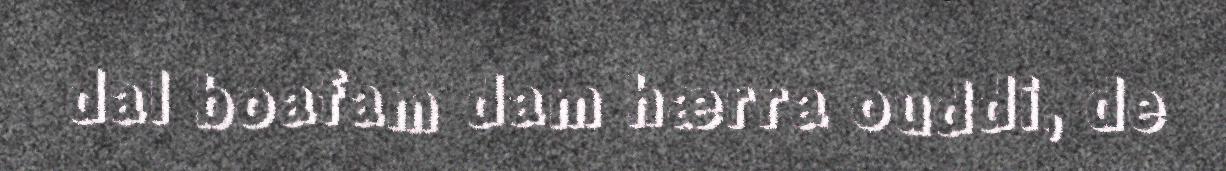
dal boafam dam hærra ouddi, de